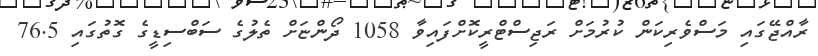
ރާއްޖޭގައި މަސްވެރިކަން ކުރުމަށް ރަޖިސްޓްރީކޮށްފައިވާ 1058 ދޯންޏަށް ތެލުގެ ސަބްސިޑީގެ ގޮތުގައި 76.5